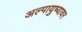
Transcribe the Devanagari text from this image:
अल्पायुष्यावर